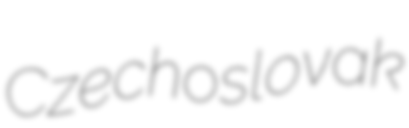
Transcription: Czechoslovak